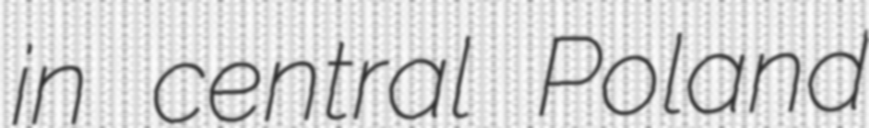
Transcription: in central Poland